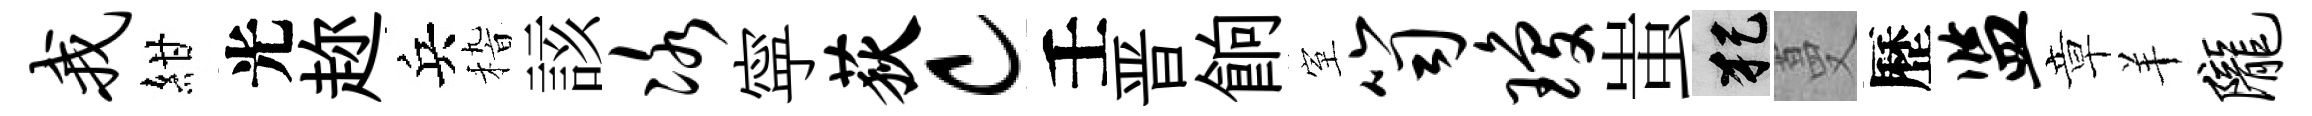
我紺光趂兵𥟵該冰寜荻c壬晋餉室笥琼蚩犯蔓歷监章羊陇